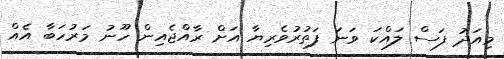
މިއަދު ފަސް ލައްކަ ވަނަ ފަތުރުވެރިޔާ އަށް ރާއްޖެއިން ހޫނު މަރުހަބާ އެއް